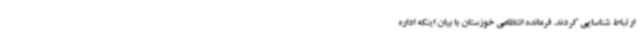
ارتباط شناسایی کردند. فرمانده انتظامی خوزستان با بیان اینکه اداره